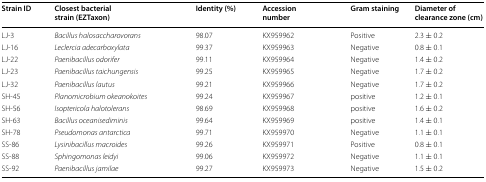
| Strain ID | Closest bacterial strain (EZTaxon) | Identity (%) | Accession number | Gram staining | Diameter of clearance zone (cm) |
 | --- | --- | --- | --- | --- | --- |
 | LJ-3 | Bacillus halosaccharovorans | 98.07 | KX959962 | Positive | 2.3 ± 0.2 |
 | LJ-16 | Leclercia adecarboxylata | 99.37 | KX959963 | Negative | 0.8 ± 0.1 |
 | LJ-22 | Paenibacillus odorifer | 99.11 | KX959964 | Negative | 1.4 ± 0.2 |
 | LJ-23 | Paenibacillus taichungensis | 99.25 | KX959965 | Negative | 1.7 ± 0.2 |
 | LJ-32 | Paenibacillus lautus | 99.21 | KX959966 | Negative | 1.7 ± 0.2 |
 | SH-45 | Planomicrobium okeanokoites | 99.24 | KX959967 | positive | 1.2 ± 0.1 |
 | SH-56 | Isoptericola halotolerans | 98.69 | KX959968 | positive | 1.6 ± 0.2 |
 | SH-63 | Bacillus oceanisediminis | 99.64 | KX959969 | positive | 1.4 ± 0.1 |
 | SH-78 | Pseudomonas antarctica | 99.71 | KX959970 | Negative | 1.1 ± 0.1 |
 | SS-86 | Lysinibacillus macroides | 99.26 | KX959971 | Positive | 0.8 ± 0.1 |
 | SS-88 | Sphingomonas leidyi | 99.06 | KX959972 | Negative | 1.1 ± 0.1 |
 | SS-92 | Paenibacillus jamilae | 99.27 | KX959973 | Negative | 1.5 ± 0.2 |